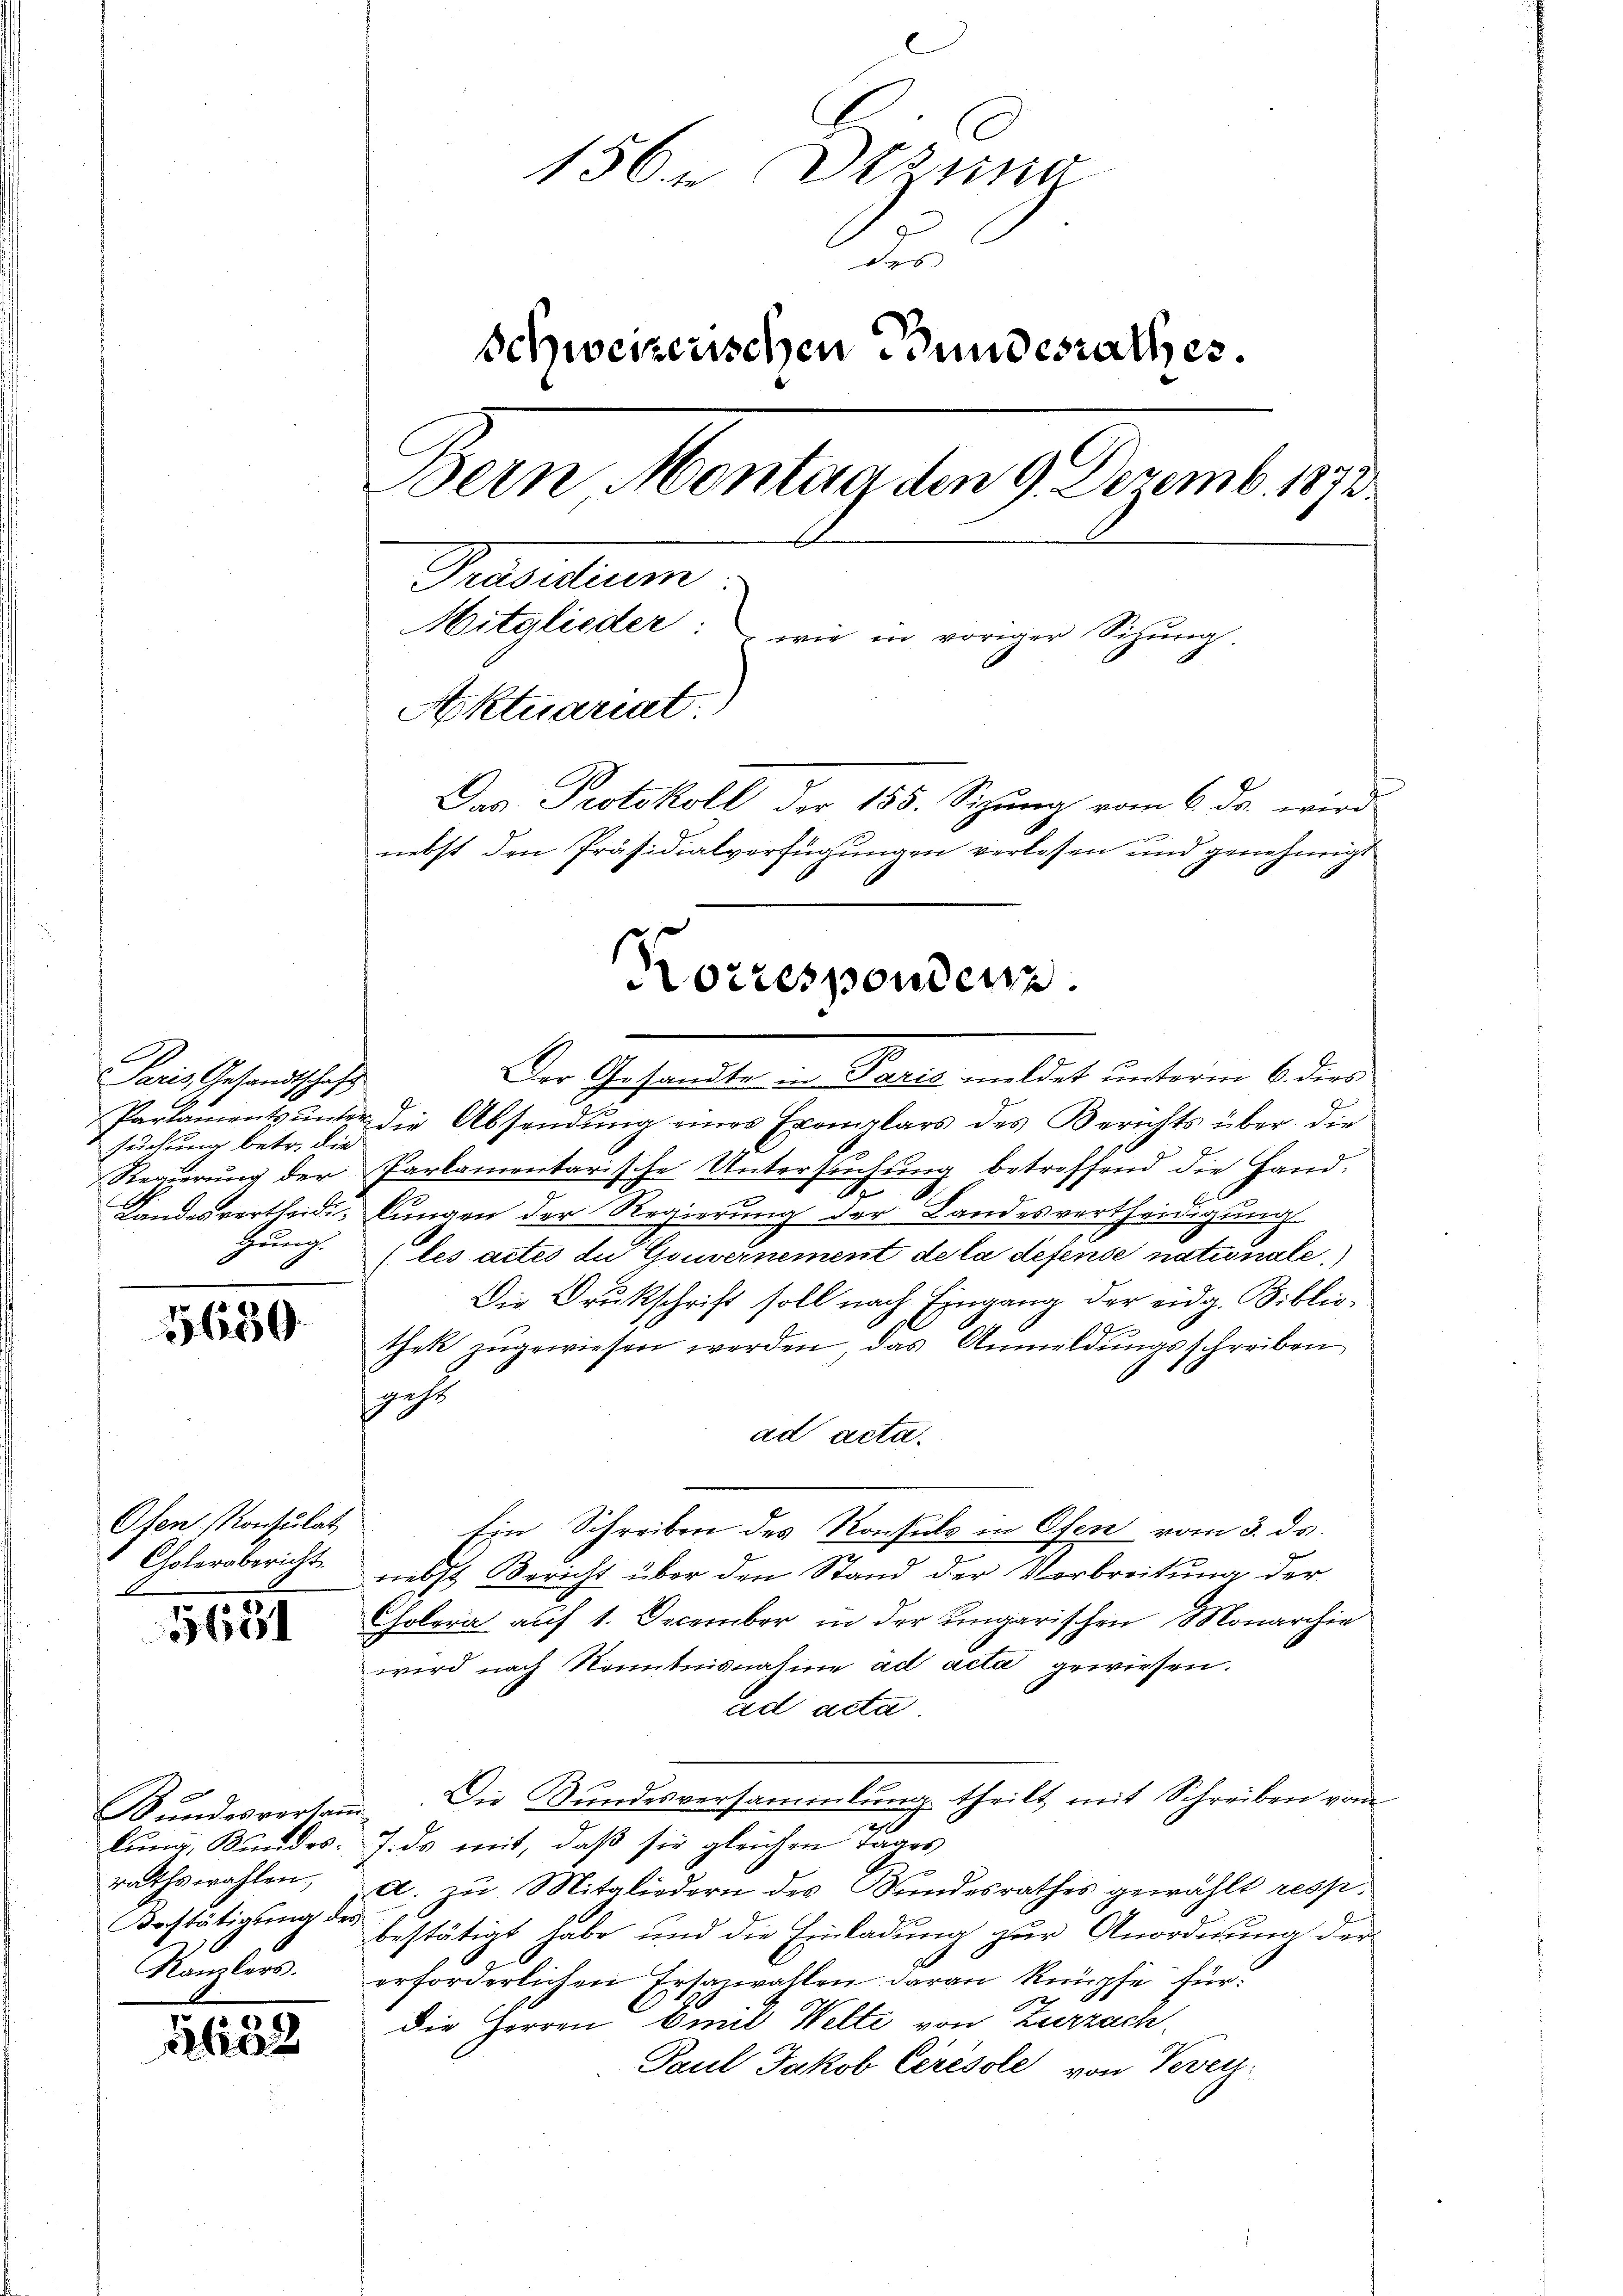
Paris, Gesandtschaft
suchung betr. die
Zŭng.

3650

Ofen Konsulat
Cholerabericht.

5651

Bundesvortau
lung, Bundes.
rathswahlen,
Bestätigung der
Kanzlers.

die

156. Dezung
de
Schweizerischen Bundesrathes.
Bern Montag den 9. Dezemb. 1873.
Praesiduum
Mitglieder: wie in voriger Sitzŭng.
Aktuariat
Das Protokoll der 155. Sizung vom 6. ds. wird
nebst den Präsidialverfügungen verlesen und genehmigt

Korrespondern.

Der Gesandte in Paris meldet unterm 6. dies
Parlaments ŭnter die Absendŭng eines Exemplars des Berichts über die
Regierŭng der Parlamentarische Untersŭchŭng betroffend die Hand-
Nr 8.

Landesvertheidigungen der Regierung der Landesvertheidigung
(les actes du Gouvernement de la defense nationale
Die Druckschrift soll nach Eingang der eidg. Biblio¬
19
thek zugewiesen werden, das Anmeldungsschreiben
sgehe
ad acta.
Ein Schreiben des Konsuls in Ofen vom 3. ds.
nebst Bericht über den Stand der Verbreitung der
Colera auf 1. December in der ungarischen Monarchie
wird nach Kenntnisnahme ad acta gewiesen.
ad acta
Die Gundesversammlung theilt mit Schreiben vom
e
7. ds mit, daß sie gleichen Tages
a. zu Mitgliedern des Bundesrathes gewählt resp.
bestätigt habe und die Einladung zur Anordnung der
I
erforderlichen Ersazwahlen daran knüpfe für:
die Herren Emil Welte von Zurzach,
Paul Jakob Cérésole von Vevey.